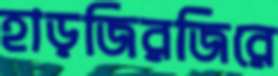
হাড়জিরজিরে